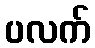
ပလက်